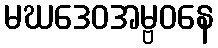
မဃဒေဝအမ္ဗဝနေ